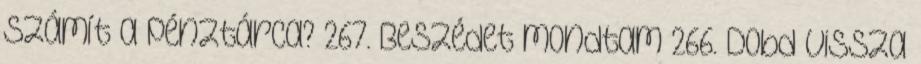
számít a pénztárca? 267. Beszédet mondtam 266. Dobd vissza